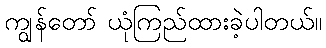
ကျွန်တော် ယုံကြည်ထားခဲ့ပါတယ်။